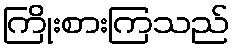
ကြိုးစားကြသည်